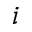
i